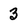
Character: 3